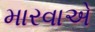
મારવાએ